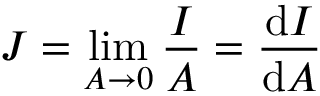
J = \operatorname* { l i m } _ { A \rightarrow 0 } { \frac { I } { A } } = { \frac { \mathrm { d } I } { \mathrm { d } A } } \,